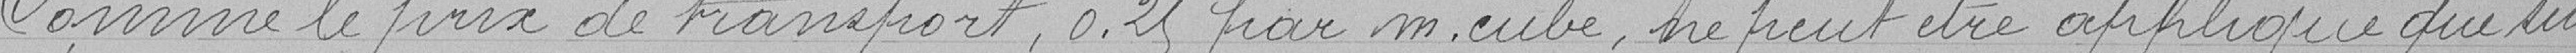
Comme le prix de transport, 0.25 par m.cube, ne peut être appliqué que sur